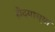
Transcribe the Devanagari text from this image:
हौद्याच्या